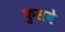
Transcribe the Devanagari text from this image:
कुसवे